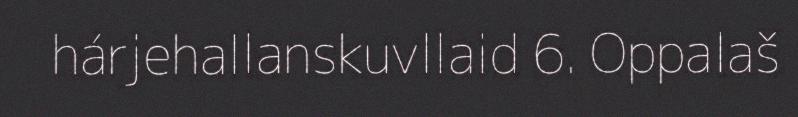
hárjehallanskuvllaid 6. Oppalaš